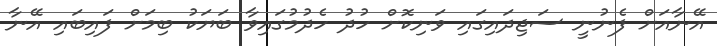
އޭނާއަށް ފެނުނީ ސަޖިދައިގައި ވަނިކޮށް ހުދު ހެދުމުގައިވާ ބަޔަކު ބިމަށް ފައިބައި އޭނާ